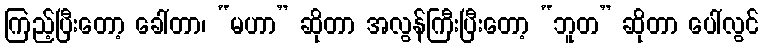
ကြည့်ပြီးတော့ ခေါ်တာ၊ “မဟာ” ဆိုတာ အလွန်ကြီးပြီးတော့ “ဘူတ” ဆိုတာ ပေါ်လွင်